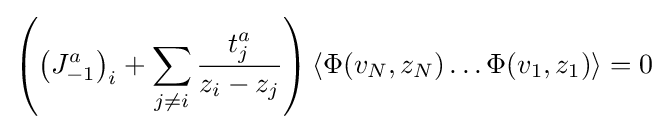
\left(\left(J_{-1}^{a}\right)_{i}+\sum _{j\neq i}{\frac {t_{j}^{a}}{z_{i}-z_{j}}}\right)\left\langle \Phi (v_{N},z_{N})\dots \Phi (v_{1},z_{1})\right\rangle =0